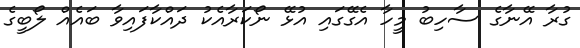
ގުރާ އޭނާގެ ސާހިބު މީހާ އެގޭގައި އުޅޭ ނޯކަރާއެކު ދައްކާފައިވާ ބައެއް ލޯބީގެ